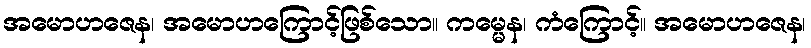
အမောဟဇေန၊ အမောဟကြောင့်ဖြစ်သော။ ကမ္မေန၊ ကံကြောင့်။ အမောဟဇေန၊